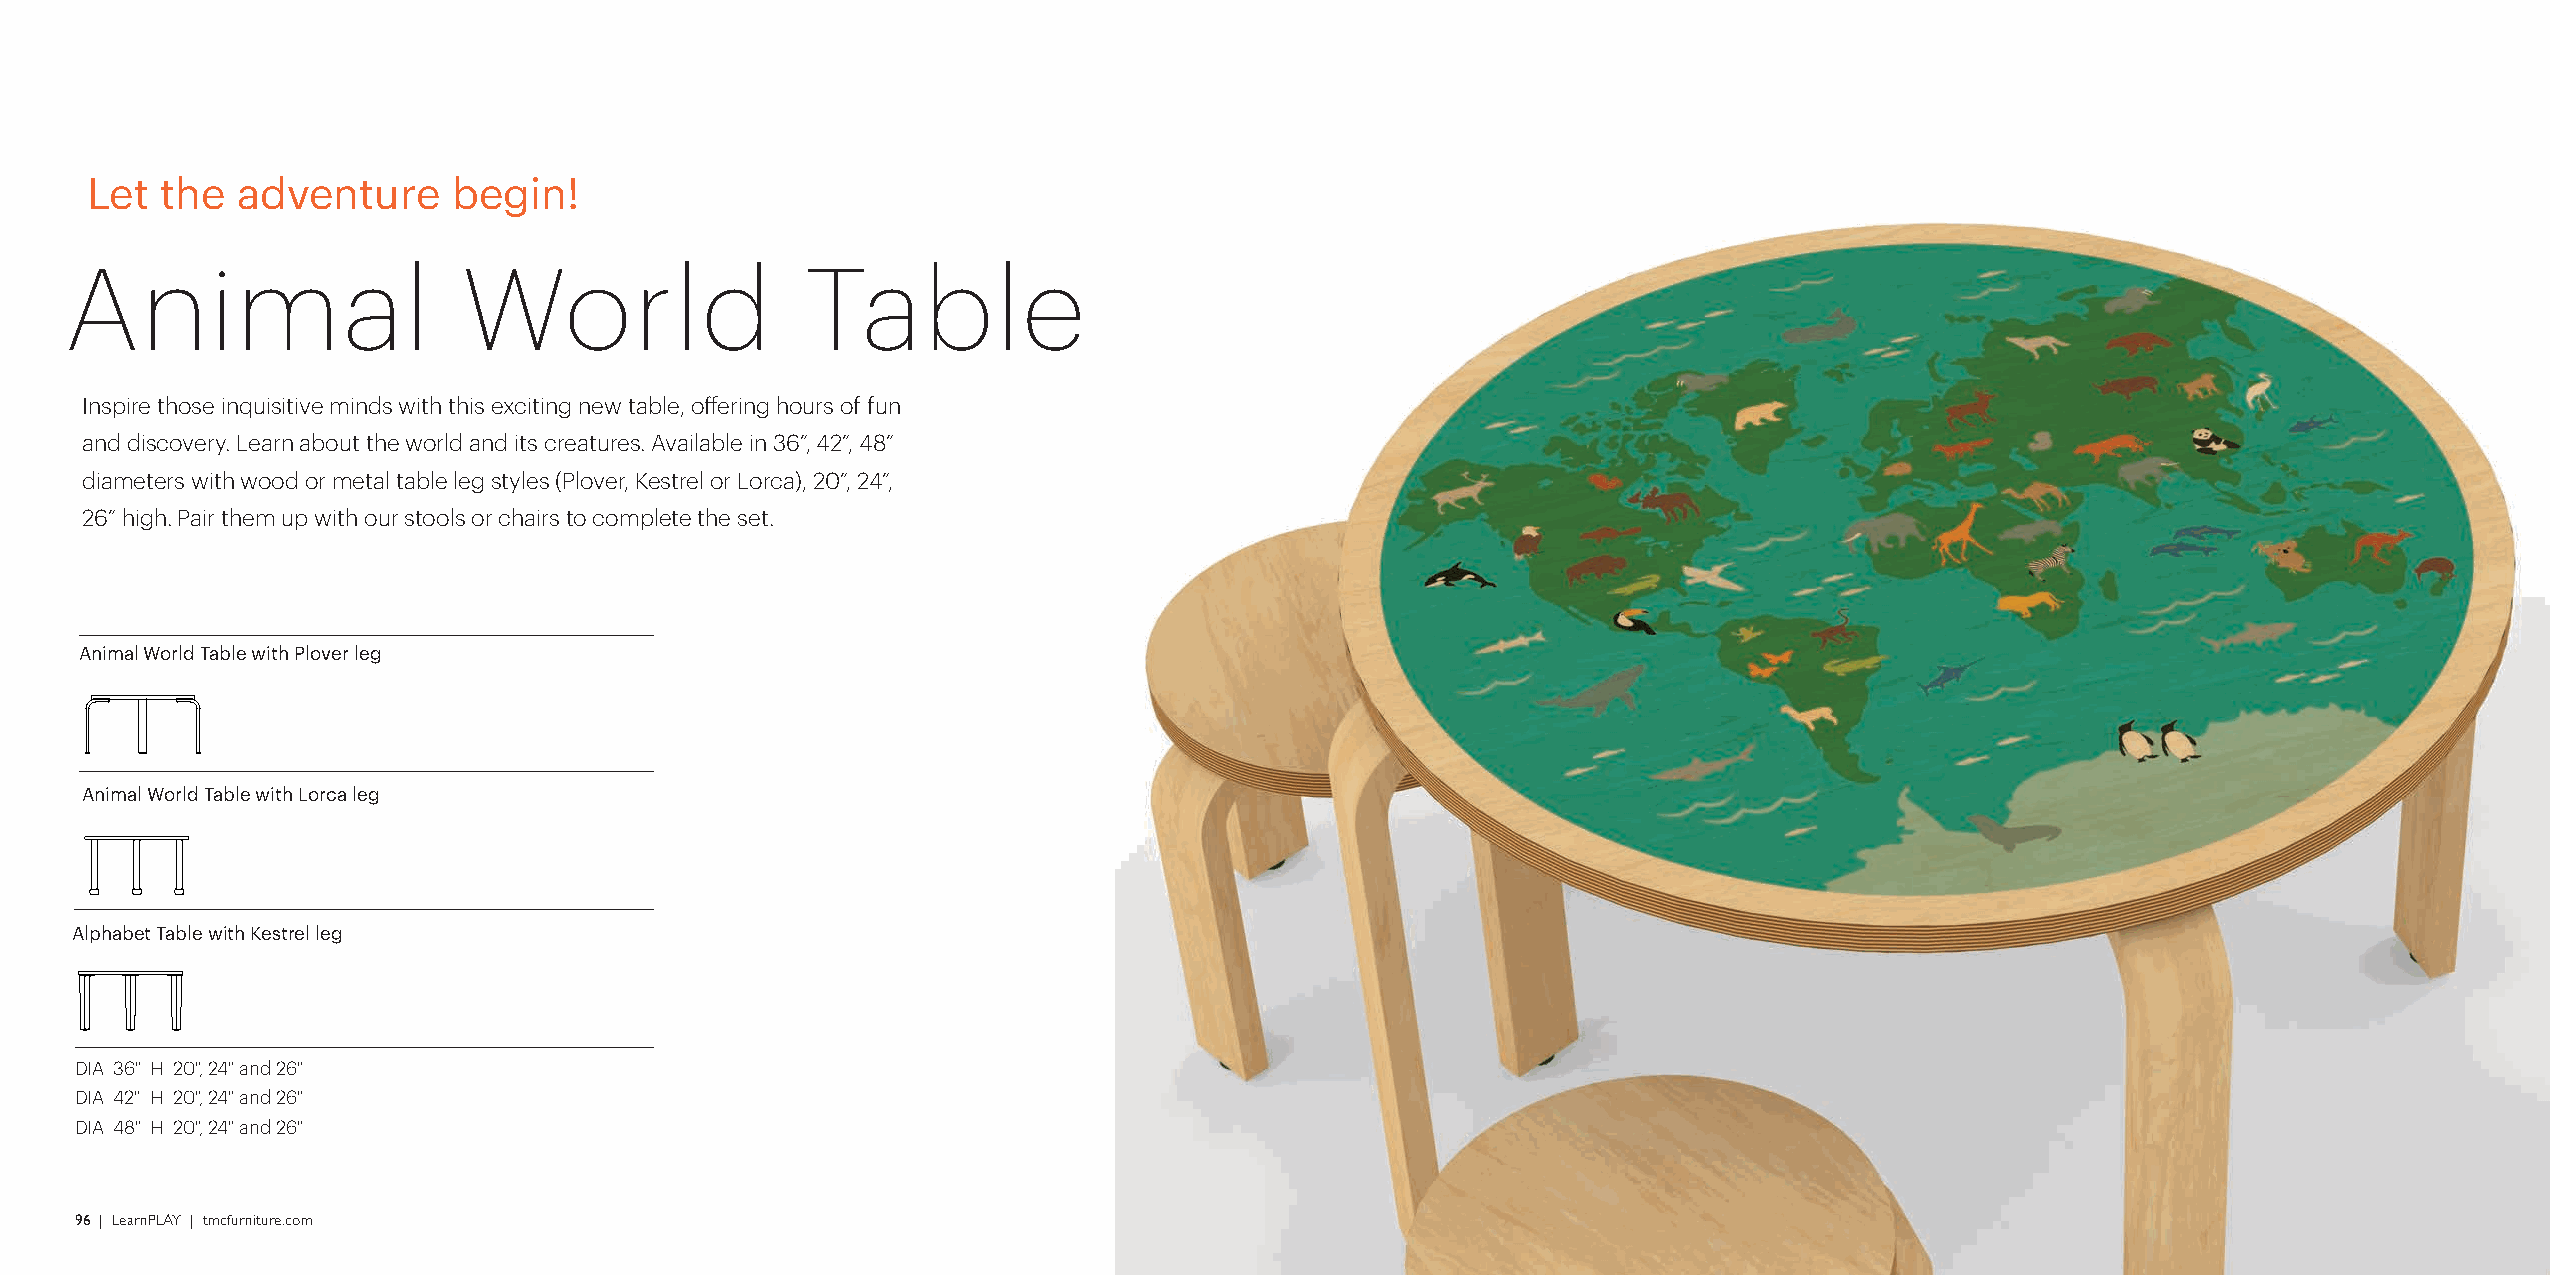
Let  the  adventure     begin!
 Animal                     World                 Table
 Inspire those inquisitive minds with this exciting new table, offering hours of fun
 w/ optional marker well and discovery. Learn about the world and its creatures. Available in 36”, 42”, 48”
 diameters with wood or metal table leg styles (Plover, Kestrel or Lorca), 20”, 24”,
 26” high. Pair them up with our stools or chairs to complete the set.
 w/ optional marker well
 Animal World Table with Plover leg
 w/ optional marker well
 w/ optional marker well Animal World Table with Lorca leg
 w/ optional marker wellAlphabet Table with Kestrel leg
 w/ optional marker well DIA 36" H 20", 24" and 26"
 DIA 42" H 20", 24" and 26"
 w/ optional marker well
 DIA 48" H 20", 24" and 26"
 96 | LearnPLAY | tmcfurniture.com                                                                                                              LearnPLAY | tmcfurniture.com | 97
 w/ optional marker well
 w/ optional marker well